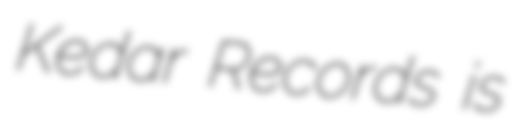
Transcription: Kedar Records is